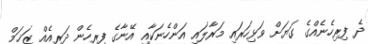
ދެ ފިރިހެނެއްގެ ގަޔަށް ވަޅިހަރައި މަރާލައި އަންހެނަކާއި އޭނާގެ ފިރިހެން ދަރިއެއް ޒަޚަމް